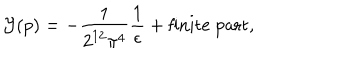
LaTeX: { \cal Y } ( p ) = - \frac { 1 } { 2 ^ { 1 2 } \pi ^ { 4 } } \frac { 1 } { \epsilon } + \mathrm { f i n i t e ~ p a r t } ,